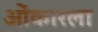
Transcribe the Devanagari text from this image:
ओंकारला